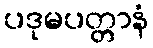
ပဒုမပတ္တာနံ